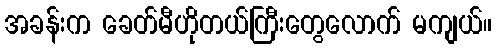
အခန်းက ခေတ်မီဟိုတယ်ကြီးတွေလောက် မကျယ်။